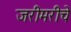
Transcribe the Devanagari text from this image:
जरीमरीचे